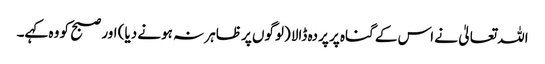
اللہ تعالیٰ نے اس کے گناہ پر پردہ ڈالا (لوگوں پر ظاہر نہ ہونے دیا) اور صبح کو وہ کہے۔